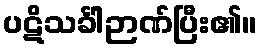
ပဋိသင်္ခါဉာဏ်ပြီး၏။